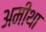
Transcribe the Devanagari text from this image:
अमीथा